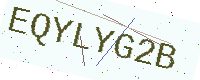
Text: EQYLYG2B